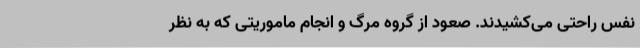
نفس راحتی می‌کشیدند. صعود از گروه مرگ و انجام ماموریتی که به نظر